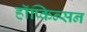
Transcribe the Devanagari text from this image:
हॉप्किन्सन